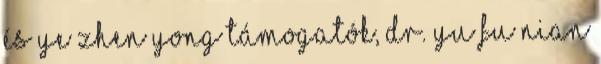
és Ye Zhen Yong Támogatók, Dr. Yu Fu Nian